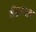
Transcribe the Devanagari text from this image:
कीडनाशक